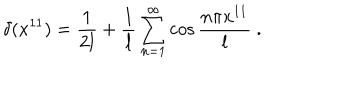
\delta ( x ^ { 1 1 } ) = { \frac { 1 } { 2 l } } + { \frac { 1 } { l } } \sum _ { n = 1 } ^ { \infty } \cos { \frac { n \pi x ^ { 1 1 } } { l } } \ .